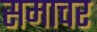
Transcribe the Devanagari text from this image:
समाचर